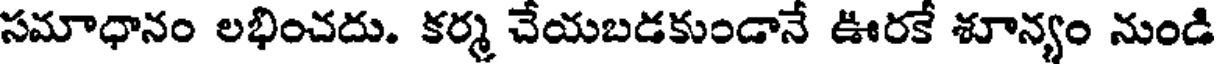
సమాధానం లభించదు. కర్మ చేయబడకుండానే ఊరకే శూన్యం నుండి